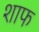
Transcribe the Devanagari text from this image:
शाफ